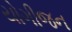
યોગીજન